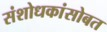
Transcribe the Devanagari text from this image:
संशोधकांसोबत